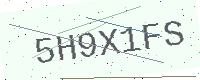
Text: 5H9X1FS